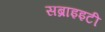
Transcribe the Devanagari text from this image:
सब्राइइटी